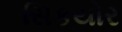
સિકયોર